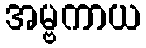
အမ္ဗကာယ